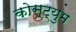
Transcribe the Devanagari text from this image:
कोस्ट्युम